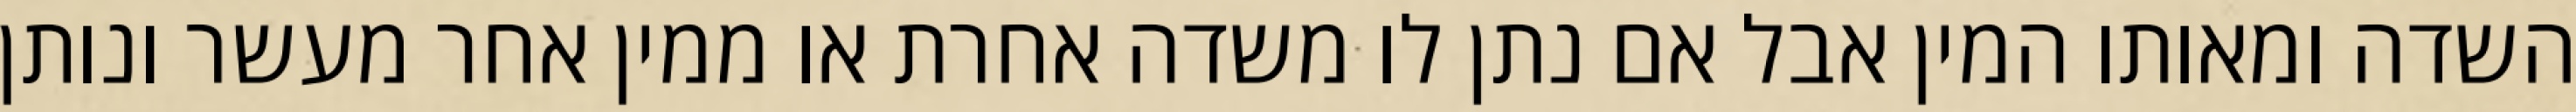
השדה ומאותו המין אבל אם נתן לו משדה אחרת או ממין אחר מעשר ונותן